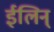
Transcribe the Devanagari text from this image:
ईलिन्